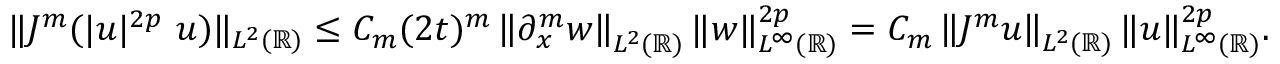
\begin{array} { r } { \| J ^ { m } ( | u | ^ { 2 p } \ u ) \| _ { L ^ { 2 } ( \mathbb { R } ) } \leq C _ { m } ( 2 t ) ^ { m } \left\| \partial _ { x } ^ { m } w \right\| _ { L ^ { 2 } ( \mathbb { R } ) } \| w \| _ { L ^ { \infty } ( \mathbb { R } ) } ^ { 2 p } = C _ { m } \left\| J ^ { m } u \right\| _ { L ^ { 2 } ( \mathbb { R } ) } \| u \| _ { L ^ { \infty } ( \mathbb { R } ) } ^ { 2 p } . } \end{array}